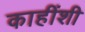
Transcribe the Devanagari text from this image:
काहींशी